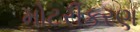
મોટરીકરણ